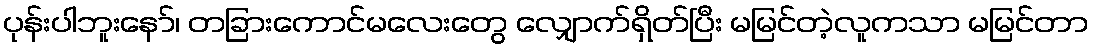
ပုန်းပါဘူးနော်၊ တခြားကောင်မလေးတွေ လျှောက်ရှိတ်ပြီး မမြင်တဲ့လူကသာ မမြင်တာ